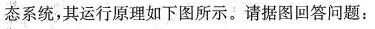
态系统，其运行原理如下图所示。请据图回答问题：